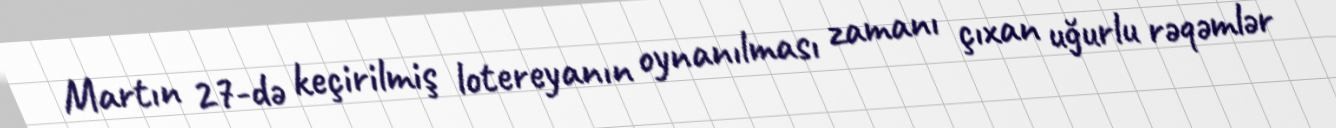
Martın 27-də keçirilmiş lotereyanın oynanılması zamanı çıxan uğurlu rəqəmlər